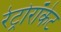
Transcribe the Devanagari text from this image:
रेट्रोरॉकेट